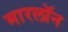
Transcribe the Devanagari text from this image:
मारलॉन